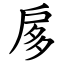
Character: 扅